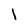
Character: l